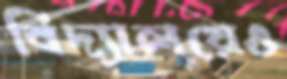
বিদ্যালয়েও